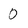
Character: 0